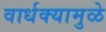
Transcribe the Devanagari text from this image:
वार्धक्यामुळे